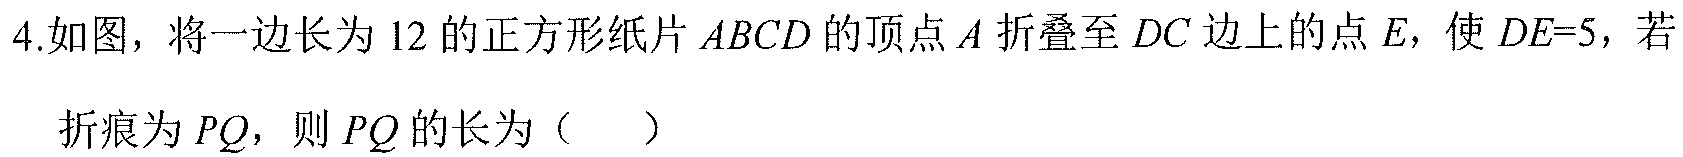
4.如图，将一边长为$12$的正方形纸片$ABCD$的顶点$A$折叠至$DC$边上的点$E$，使$DE = 5$，若折痕为$PQ$，则$PQ$的长为（  ）